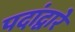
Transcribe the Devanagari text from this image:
पदांद्वारे